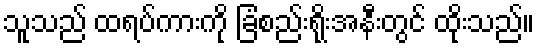
သူသည် ထရပ်ကားကို ခြံစည်းရိုးအနီးတွင် ထိုးသည်။